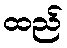
ထည်